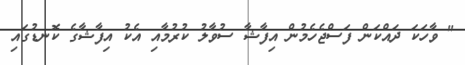
" ވާހަކަ ދައްކަން ފަސްޖެހެމުން އިފާޝާ ސުވާލު ކުރުމާއި އެކު އިފާޝާގެ ކޮނޑުގައި